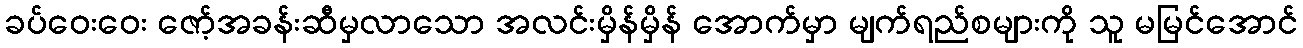
ခပ်ဝေးဝေး ဇော့်အခန်းဆီမှလာသော အလင်းမှိန်မှိန် အောက်မှာ မျက်ရည်စများကို သူ မမြင်အောင်